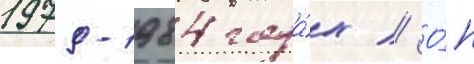
1979-1984 года́х // О́н